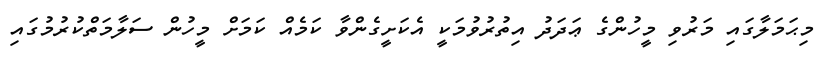
މިޙަމަލާގައި މަރުވި މީހުންގެ ޢަދަދު އިތުރުވުމަކީ އެކަށީގެންވާ ކަމެއް ކަމަށް މީހުން ސަލާމަތްކުރުމުގައި